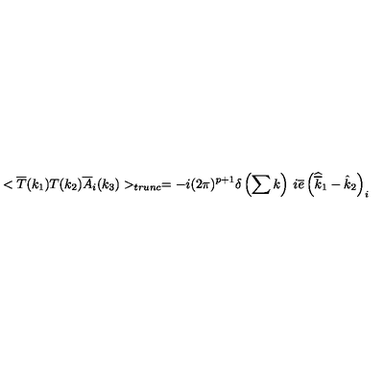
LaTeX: < \overline { { T } } ( k _ { 1 } ) T ( k _ { 2 } ) \overline { { A } } _ { i } ( k _ { 3 } ) > _ { t r u n c } = - i ( 2 \pi ) ^ { p + 1 } \delta \left( \sum k \right) \: i \overline { { e } } \left( \widehat { \overline { { k } } } _ { 1 } - \hat { k } _ { 2 } \right) _ { i }